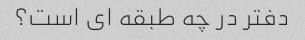
دفتر در چه طبقه ای است؟